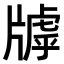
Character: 𤗭